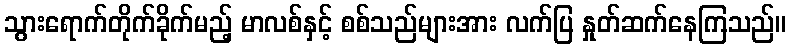
သွားရောက်တိုက်ခိုက်မည့် မာလစ်နှင့် စစ်သည်များအား လက်ပြ နှုတ်ဆက်နေကြသည်။